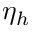
\eta _ { h }